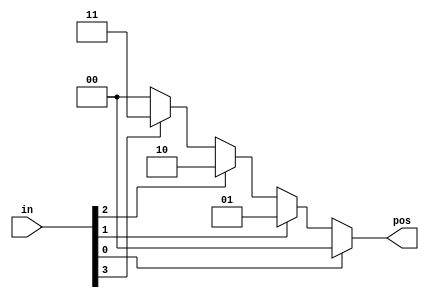
// synthesis verilog_input_version verilog_2001
module top_module (
  input [3:0] in,
  output reg [1:0] pos  );
  always @(*) begin
    if(in[0]==1'b1) pos=2'b00;
    else if(in[1]==1'b1) pos=2'b01;
    else if(in[2]==1'b1) pos=2'b10;
    else if(in[3]==1'b1) pos=2'b11;
    else pos=2'b00;
  end
endmodule